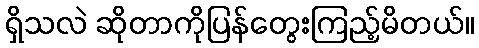
ရှိသလဲ ဆိုတာကိုပြန်တွေးကြည့်မိတယ်။